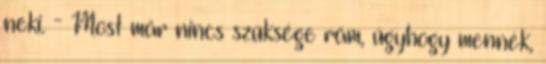
neki. - Most már nincs szüksége rám, úgyhogy mennék,